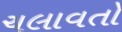
ચલાવતો